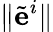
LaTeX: \lVert\tilde{\mathbf e}^{i}\rVert